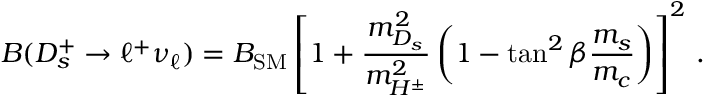
B ( D _ { s } ^ { + } \to \ell ^ { + } \nu _ { \ell } ) = B _ { \mathrm { S M } } \left[ 1 + { \frac { m _ { D _ { s } } ^ { 2 } } { m _ { H ^ { \pm } } ^ { 2 } } } \left( 1 - \tan ^ { 2 } \beta { \frac { m _ { s } } { m _ { c } } } \right) \right] ^ { 2 } \, .